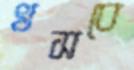
খসবে